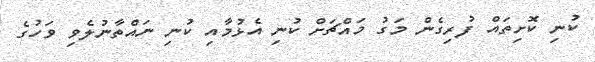
ކުނި ކޮށިތައް ފުރިގެން މަގު މައްޗަށް ކުނި އެޅުމާއި ކުނި ނައްތާނުލެވި ވަހުގެ